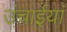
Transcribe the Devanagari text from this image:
उंचाईयां